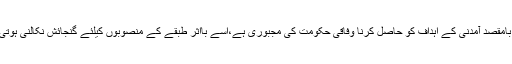
بہت بامقصد آمدنی کے اہداف کو حاصل کرنا وفاقی حکومت کی مجبوری ہے،اسے بااثر طبقے کے منصوبوں کیلئے گنجائش نکالنی ہوتی ہے۔